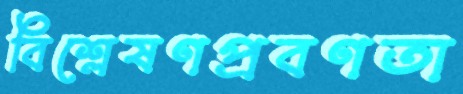
বিশ্লেষণপ্রবণতা